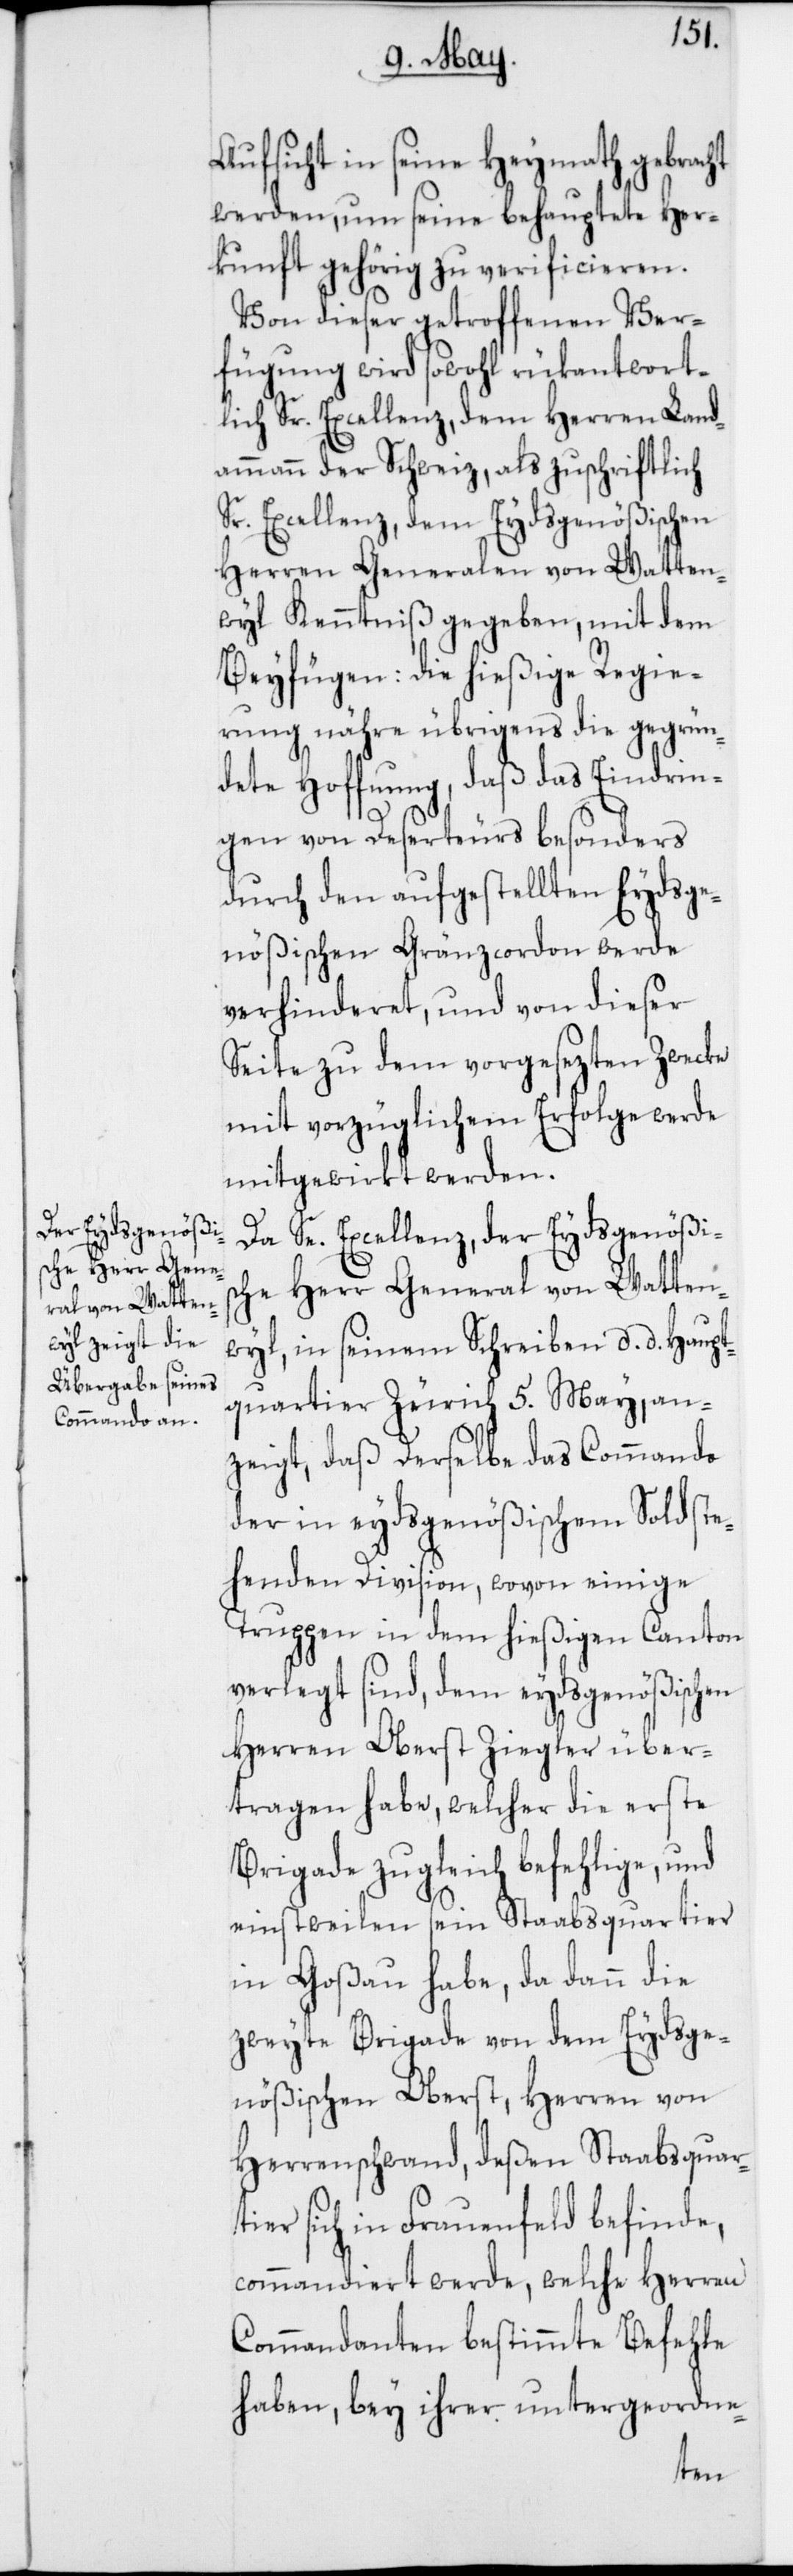
Aufsicht in seine Heymath gebracht
werden, um seine behauptete Her¬
kunft gehörig zu verificieren.
Von dieser getroffenen Ver¬
fügung wird sowohl rükantwort¬
lich Sr. Excellenz, dem Herren Land¬
ammann der Schweiz, als zuschriftlich
Sr. Excellenz, dem Eydsgenößischen
Herren Generalen von Watten¬
wyl Kenntniß gegeben, mit dem
Beyfügen: die hießige Regie¬
rung nähre übrigens die gegrün¬
dete Hoffnung, daß das Eindrin¬
gen von Deserteurs besonders
durch den aufgestellten Eydsge¬
nößischen Grenzcordon werde
verhinderet, und von dieser
Seite zu dem vorgesezten Zwecke
mit vorzüglichem Erfolge werde
mitgewirkt werden.
Da Se. Excellenz, der Eydsgenößis¬
che Herr General von Watten¬
wyl, in seinem Schreiben, d. d. Haupt¬
quartier Zürich 5. May, an¬
zeigt, daß Derselbe das Commando
der in eydsgenößischem Sold ste¬
henden Division, wovon einige
Truppen in dem hießigen Canton
verlegt sind, dem eydsgenößischen
Herren Oberst Ziegler über¬
tragen habe, welcher die erste
Brigade zugleich befehlige, und
einstweilen sein Staabsquartier
in Goßau habe, da dann die
zweyte Brigade von dem Eydsge¬
nößischen Oberst, Herren von
Herrenschwand, deßen Staabsquar¬
tier sich in Frauenfeld befinde,
commandiert werde, welche Herren
Commandanten bestimmte Befehle
haben, bey ihrer untergeordne-